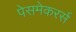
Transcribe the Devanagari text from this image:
पेसमेकरर्स